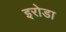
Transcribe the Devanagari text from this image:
इरोडा